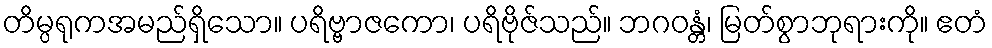
တိမ္ပရုကအမည်ရှိသော။ ပရိဗ္ဗာဇကော၊ ပရိဗိုဇ်သည်။ ဘဂဝန္တံ၊ မြတ်စွာဘုရားကို။ ဧတံ